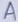
Text: A